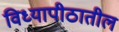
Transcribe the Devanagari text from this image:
विध्यापीठातील